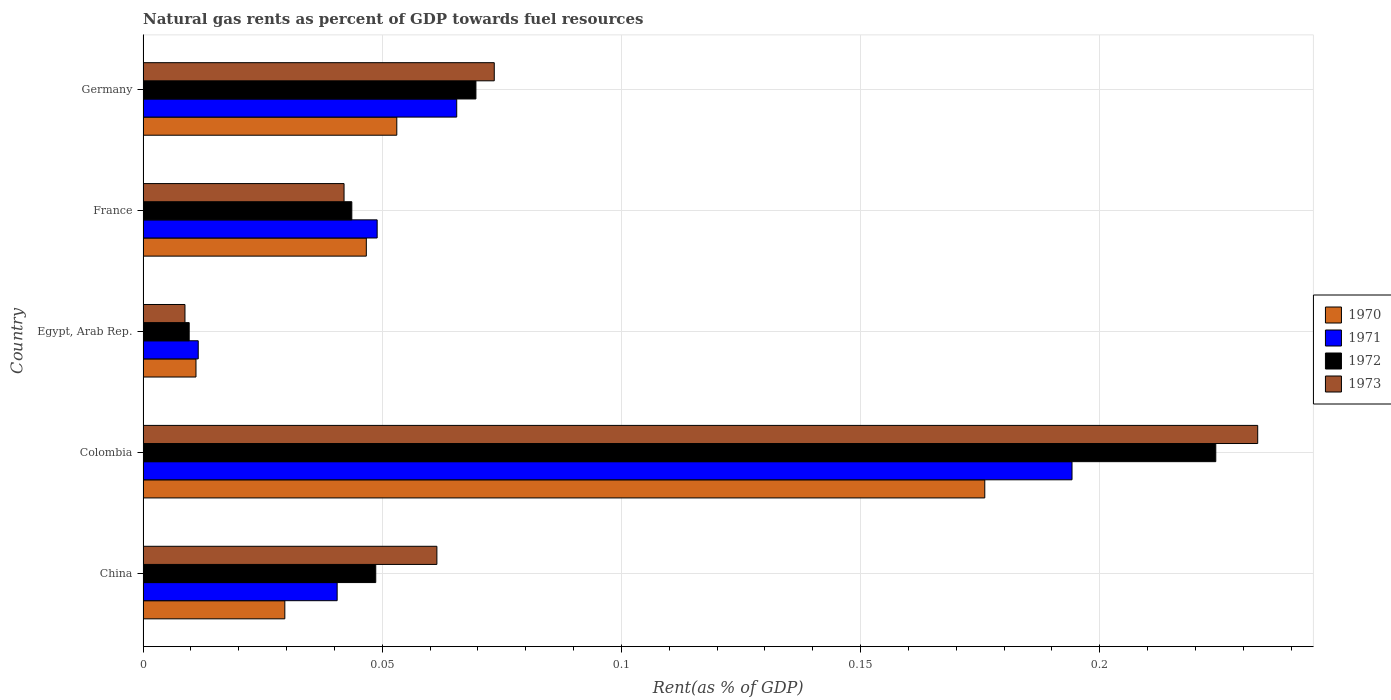
| Country | 1970 | 1971 | 1972 | 1973 |
 | --- | --- | --- | --- | --- |
 | China | 0.0296 | 0.0406 | 0.0486 | 0.0614 |
 | Colombia | 0.176 | 0.194 | 0.224 | 0.233 |
 | Egypt, Arab Rep. | 0.0111 | 0.0115 | 0.00964 | 0.00876 |
 | France | 0.0467 | 0.0489 | 0.0436 | 0.042 |
 | Germany | 0.053 | 0.0656 | 0.0696 | 0.0734 |